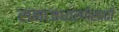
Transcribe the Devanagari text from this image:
समाजधारणेसाठी